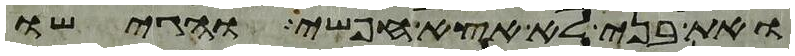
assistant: ואת בני לא אצא חפשי והגישו